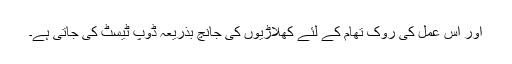
اور اس عمل کی روک تھام کے لئے کھلاڑیوں کی جانچ بذریعہ ڈوپ ٹیسٹ کی جاتی ہے۔